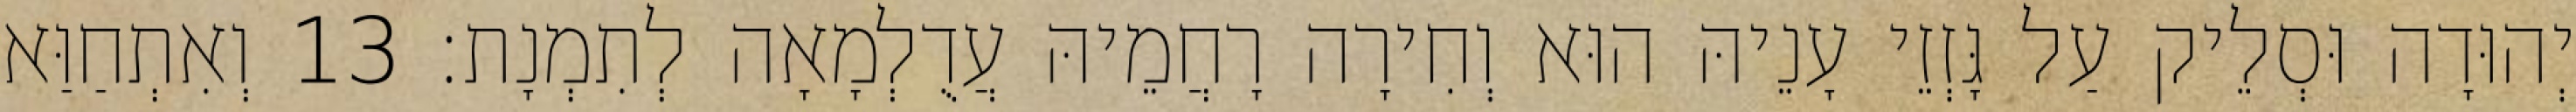
יְהוּדָה וּסְלֵיק עַל גָּזְזֵי עָנֵיהּ הוּא וְחִירָה רָחֲמֵיהּ עֲדֻלְמָאָה לְתִמְנָת׃ 13 וְאִתְחַוַּא